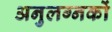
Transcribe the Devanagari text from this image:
अनुलग्नकों